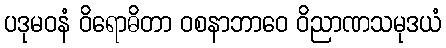
ပဒုမဝနံ ဝိရောဓိတာ ဝစနာဘာဝေ ဝိညာဏသမုဒယံ